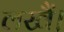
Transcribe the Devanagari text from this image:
लखैं।